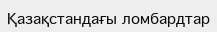
Қазақстандағы ломбардтар